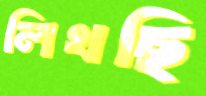
লিখছি